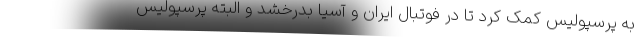
به پرسپولیس کمک کرد تا در فوتبال ایران و آسیا بدرخشد و البته پرسپولیس